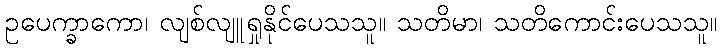
ဥပေက္ခာကော၊ လျစ်လျူရှုနိုင်ပေသသူ။ သတိမာ၊ သတိကောင်းပေသသူ။